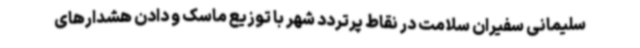
سلیمانی سفیران سلامت در نقاط پرتردد شهر با توزیع ماسک و دادن هشدارهای